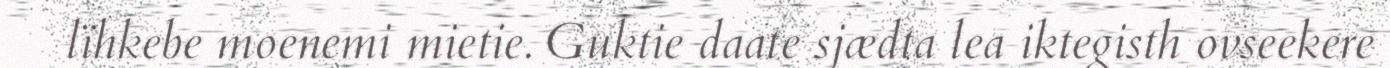
lïhkebe moenemi mietie. Guktie daate sjædta lea iktegisth ovseekere